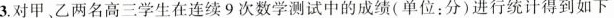
3.对甲、乙两名高三学生在连续9次数学测试中的成绩(单位：分)进行统计得到如下